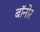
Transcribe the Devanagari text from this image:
बॉनोर